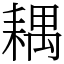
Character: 耦